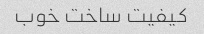
کیفیت ساخت خوب